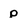
Character: p